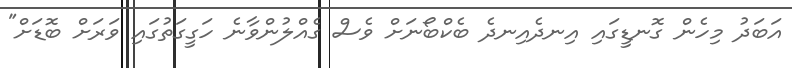
އަބަދު މިހެން ގޮނޑީގައި އިނދެއިނދެ ބެކްބޯނަށް ވެސް ގެއްލުންވާނެ ހަގީގަތުގައި ވަރަށް ބޮޑަށް"